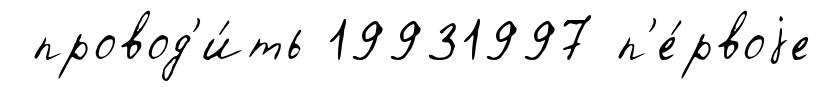
провод'и́ть 19931997 п'е́рвоjе